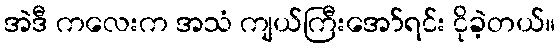
အဲဒီ ကလေးက အသံ ကျယ်ကြီးအော်ရင်း ငိုခဲ့တယ်။